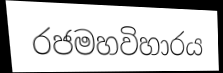
රජමහවිහාරය